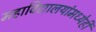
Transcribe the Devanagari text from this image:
महाविद्यालयांमध्येही